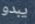
يبدو